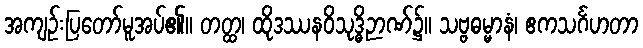
အကျဉ်းပြတော်မူအပ်၏။ တတ္ထ၊ ထိုဒဿနဝိသုဒ္ဓိဉာဏ်၌။ သဗ္ဗဓမ္မာနံ၊ ဧကသင်္ဂဟတာ